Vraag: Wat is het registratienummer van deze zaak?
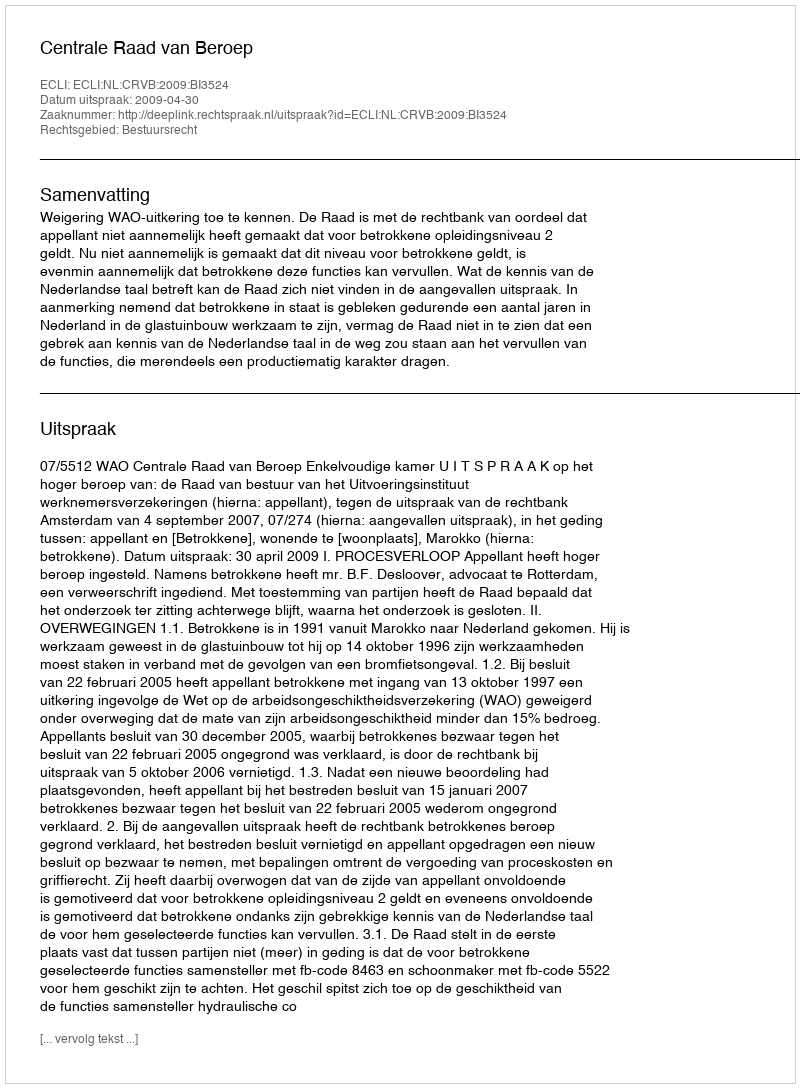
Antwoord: http://deeplink.rechtspraak.nl/uitspraak?id=ECLI:NL:CRVB:2009:BI3524